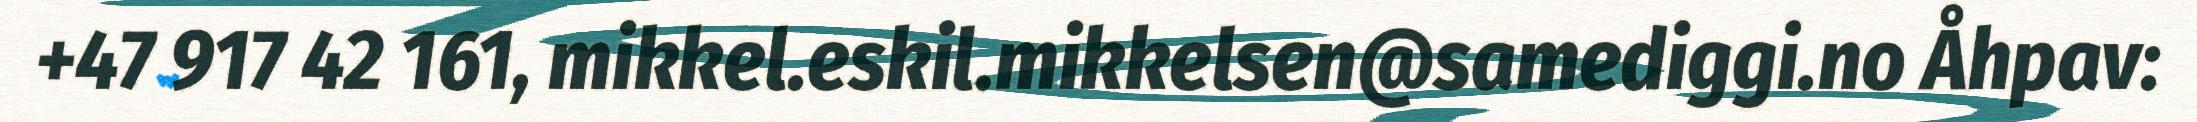
+47 917 42 161, mikkel.eskil.mikkelsen@samediggi.no Åhpav: